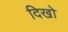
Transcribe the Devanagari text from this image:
दिखो